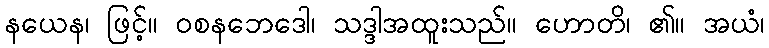
နယေန၊ ဖြင့်။ ဝစနဘေဒေါ၊ သဒ္ဒါအထူးသည်။ ဟောတိ၊ ၏။ အယံ၊